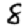
Digit: 8